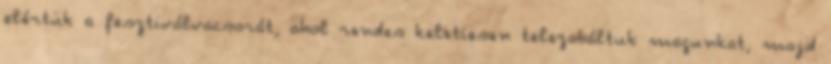
elértük a fesztiválvacsorát, ahol rendes keletiesen telezabáltuk magunkat, majd